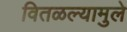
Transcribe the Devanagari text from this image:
वितळल्यामुले